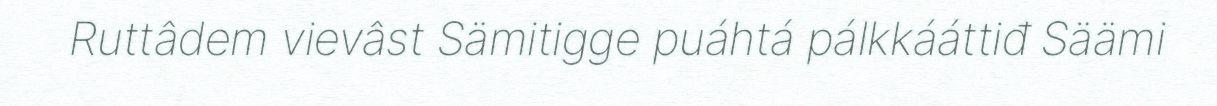
Ruttâdem vievâst Sämitigge puáhtá pálkkááttiđ Säämi